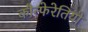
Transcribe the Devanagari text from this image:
कौन्फेरेतियो